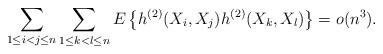
LaTeX: \begin{align*}\sum_{1 \le i < j\le n}\sum_{1 \le k< l \le n}E\left\lbrace h^{(2)}(X_i, X_j) h^{(2)}(X_k, X_l)\right\rbrace = o(n^3).\end{align*}